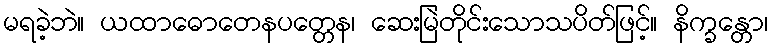
မရခဲ့ဘဲ။ ယထာဓောတေနပတ္တေန၊ ဆေးမြဲတိုင်းသောသပိတ်ဖြင့်။ နိက္ခန္တော၊